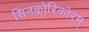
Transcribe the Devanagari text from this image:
सिनक्लोरिकोरम्